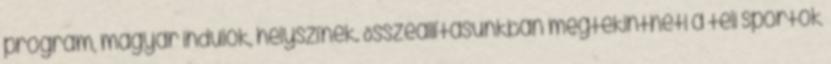
program, magyar indulók, helyszínek. Összeállításunkban megtekintheti a téli sportok